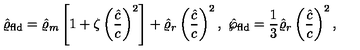
\hat { \varrho } _ { \mathrm { f l d } } = \hat { \varrho } _ { m } \left[ 1 + \zeta \left( { \frac { \hat { c } } { c } } \right) ^ { 2 } \right] + \hat { \varrho } _ { r } \left( { \frac { \hat { c } } { c } } \right) ^ { 2 } , \ \hat { \wp } _ { \mathrm { f l d } } = { \frac { 1 } { 3 } } \hat { \varrho } _ { r } \left( { \frac { \hat { c } } { c } } \right) ^ { 2 } ,